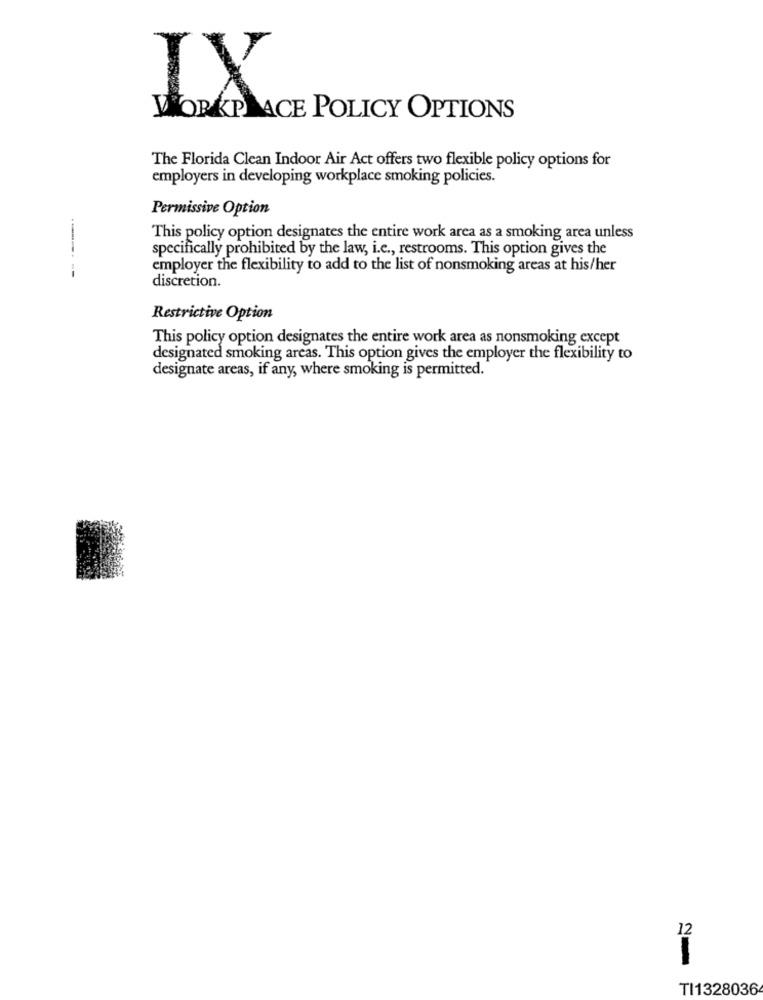
IX
WORKPLACE POLICY OPTIONS
The Florida Clean Indoor Air Act offers two flexible policy options for
employers in developing workplace smoking policies.
Permissive Option
This policy option designates the entire work area as a smoking area unless
specifically prohibited by the law, i.e ., restrooms. This option gives the
employer the flexibility to add to the list of nonsmoking areas at his/her
------ --
discretion.
Restrictive Option
This policy option designates the entire work area as nonsmoking except
designated smoking areas. This option gives the employer the flexibility to
designate areas, if any, where smoking is permitted.
12
TI1328036